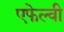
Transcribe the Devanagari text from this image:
एफेल्वी